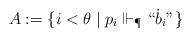
LaTeX: \begin{align*} A := \{i < \theta \mid p_i \Vdash_{\P}``\dot{b}_i "\} \end{align*}